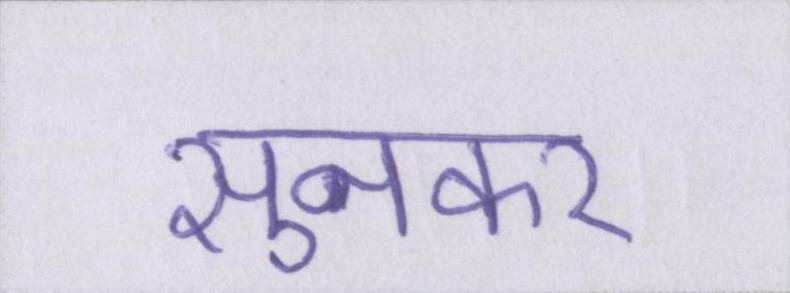
सुनकर